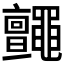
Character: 𪓼